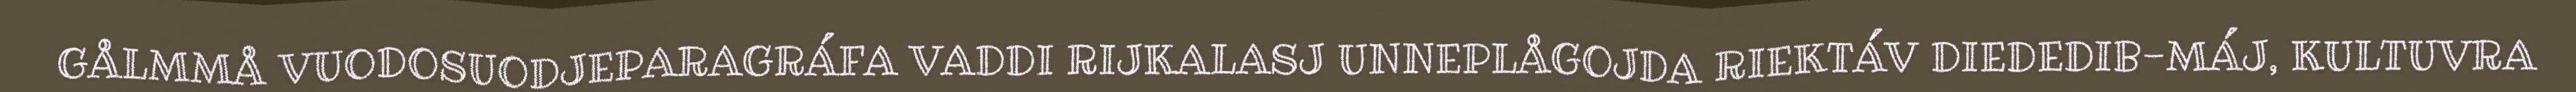
GÅLMMÅ VUODOSUODJEPARAGRÁFA VADDI RIJKALASJ UNNEPLÅGOJDA RIEKTÁV DIEDEDIB-MÁJ, KULTUVRA